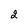
Character: 2